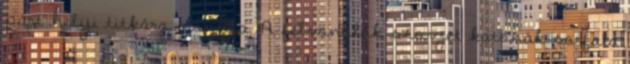
párt helyi titkára mondja. A felvonulók szovjet katonák sorfala